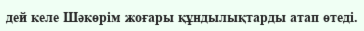
дей келе Шәкөрім жоғары құндылықтарды атап өтеді.